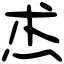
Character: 𤇍